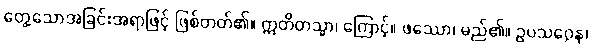
တွေ့သောအခြင်းအရာဖြင့် ဖြစ်တတ်၏။ ဣတိတသ္မာ၊ ကြောင့်။ ဖဿော၊ မည်၏။ ဥပသဂ္ဂေန၊